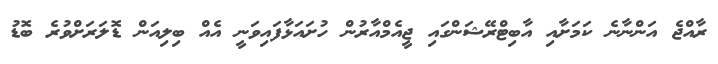
ރާއްޖެ އަންނާނެ ކަމަށާއި އާބިޓްރޭޝަންގައި ޖީއެމްއާރުން ހުށައަޅާފައިވަނީ އެއް ބިލިއަން ޑޮލަރަށްވުރެ ބޮޑު